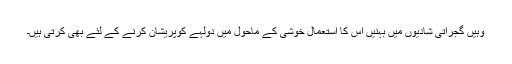
وہیں گجراتی شادیوں میں بہنیں اس کا استعمال خوشی کے ماحول میں دولہے کوپریشان کرنے کے لئے بھی کرتی ہیں۔